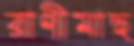
রাণীমাছ